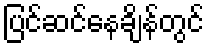
ပြင်ဆင်နေချိန်တွင်